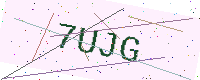
Text: 7UJG